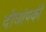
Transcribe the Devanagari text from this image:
दोघांपकी